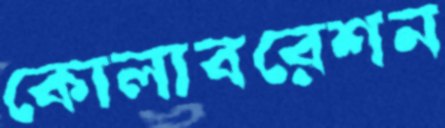
কোলাবরেশন